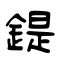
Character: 鍉